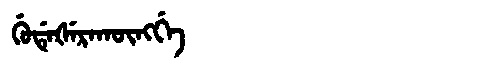
Manchu: ᡤᡠᡩᡝᡧᡝᡵᠠᡴᡡᠩᡤᡝ
Romanization: GUDEŠERAKŪNGGE